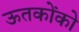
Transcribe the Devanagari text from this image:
ऊतकोंको